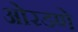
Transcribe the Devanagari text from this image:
ओरडणे